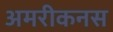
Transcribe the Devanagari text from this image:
अमरीकनस